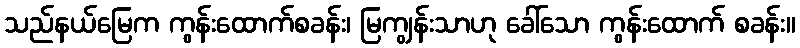
သည်နယ်မြေက ကွန်းထောက်စခန်း၊ မြကျွန်းသာဟု ခေါ်သော ကွန်းထောက် စခန်း။